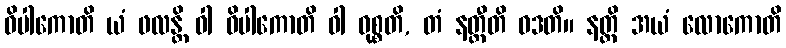
ဝိပါကောတိ ယံ ဖလန္တိ ဝါ ဝိပါကောတိ ဝါ ဝုစ္စတိ, တံ နတ္ထီတိ ဝဒတိ။ နတ္ထိ အယံ လောကောတိ